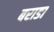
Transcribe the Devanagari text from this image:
बराडा